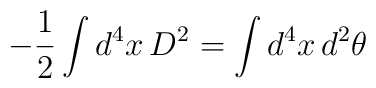
-\frac{1}{2}\int d^4x\, D^2 = \int d^4x\,d^2\theta